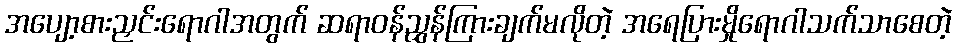
အပျော့စားညှင်းရောဂါအတွက် ဆရာဝန်ညွှန်ကြားချက်မလိုတဲ့ အရေပြားမှိုရောဂါသက်သာစေတဲ့